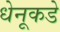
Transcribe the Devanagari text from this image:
धेनूकडे